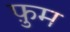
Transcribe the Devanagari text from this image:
फ़ुम